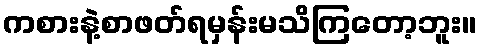
ကစားနဲ့စာဖတ်ရမှန်းမသိကြတော့ဘူး။